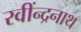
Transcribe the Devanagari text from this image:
रवींन्द्रनाथ